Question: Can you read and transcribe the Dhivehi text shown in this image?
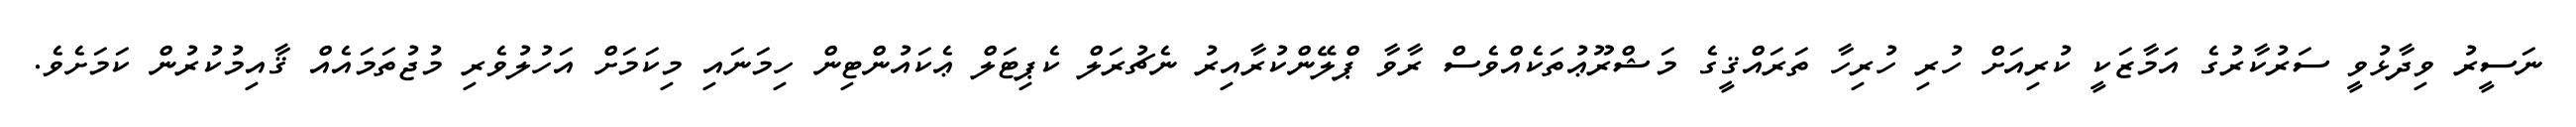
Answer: ނަސީރު ވިދާޅުވީ ސަރުކާރުގެ އަމާޒަކީ ކުރިއަށް ހުރި ހުރިހާ ތަރައްޤީގެ މަޝްރޫޢުތަކެއްވެސް ރާވާ ޕްލޭންކުރާއިރު ނެޗުރަލް ކެޕިޓަލް ޢެކައުންޓިން ހިމަނައި މިކަމަށް އަހުލުވެރި މުޖުތަމައެއް ޤާއިމުކުރުން ކަމަށެވެ.